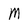
Character: M